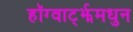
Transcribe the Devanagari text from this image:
हॉग्वार्ट्झमधुन